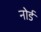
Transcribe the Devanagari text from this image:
नोर्ड